Subject: cs
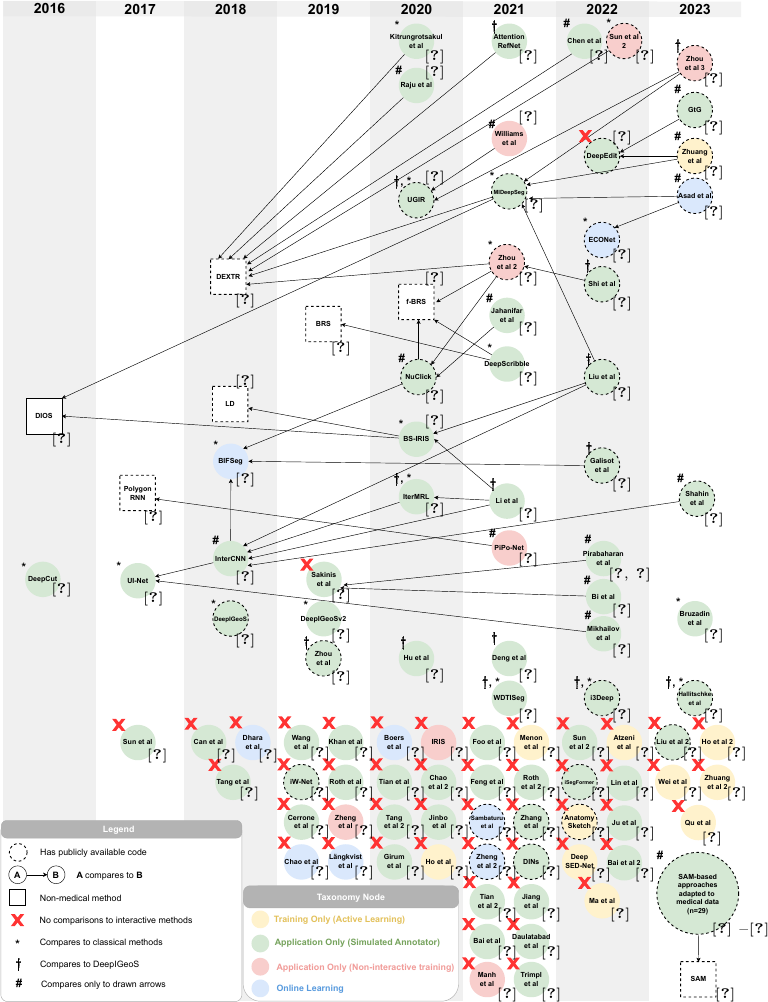
LaTeX code:
   \begin{tikzpicture}
    \node[anchor=south west, inner sep=0] (image) at (0,0){\includegraphics[width=0.8\textwidth]{12076_figures_comparison_graph_swapped_.pdf}};
\begin{scope}[x={(image.south east)},y={(image.north west)}]

      \node at (0.11,0.56) {\tiny\cite{xu2016deep}};

      \node at (0.11,0.41) {\tiny\cite{rajchl2016deepcut}};
      \node at (0.23,0.482) {\tiny\cite{castrejon2017annotating}};

      \node at (0.23,0.402) {\tiny\cite{amrehn2017ui}};

      \node at (0.235,0.245) {\tiny\cite{sun2017point}};
      \node at (0.35,0.6975) {\tiny\cite{maninis2018deep}};

      \node at (0.35,0.6175) {\tiny\cite{li2018interactive}};

      \node at (0.35,0.52) {\tiny\cite{wang2018interactive}};

      \node at (0.35,0.4225) {\tiny\cite{bredell2018iterative}};

      \node at (0.35,0.36) {\tiny\cite{wang2018deepigeos}};

      \node at (0.325,0.245) {\tiny\cite{can2018learning}};

      \node at (0.38,0.245) {\tiny\cite{dhara2019segmentation}};

      \node at (0.355,0.2075) {\tiny\cite{tang2018semi}};

      \node at (0.475,0.65) {\tiny\cite{jang2019interactive}};

      \node at (0.475,0.405) {\tiny\cite{sakinis2019interactive}};

      \node at (0.475,0.365) {\tiny\cite{lei2019deepigeos}};

      \node at (0.475,0.3225) {\tiny\cite{zhou2019interactive}};

      \node at (0.4475,0.2475) {\tiny\cite{wang2019interactive}};

      \node at (0.505,0.2475) {\tiny\cite{khan2019extreme}};

      \node at (0.4475,0.2075){\tiny\cite{aresta2019iw}};

      \node at (0.505,0.2075) {\tiny\cite{roth2019weakly}};

      \node at (0.4475,0.1695){\tiny\cite{cerrone2019end}};

      \node at (0.505,0.1695) {\tiny\cite{zheng2019deep}};

      \node at (0.4475,0.1295){\tiny\cite{chao2019radiotherapy}};

      \node at (0.505,0.1295) {\tiny\cite{langkvist2019interactive}};

      \node at (0.5975,0.94) {\tiny\cite{kitrungrotsakul2020interactive}};

      \node at (0.5975,0.925) {\tiny\cite{raju2020user}};

      \node at (0.5975,0.82) {\tiny\cite{wang2020uncertainty}};

      \node at (0.5975,0.72) {\tiny\cite{sofiiuk2020f}};

      \node at (0.5975,0.6025) {\tiny\cite{koohbanani2020nuclick}};

      \node at (0.5975,0.5775) {\tiny\cite{ma2020boundary}};

      \node at (0.5975,0.49) {\tiny\cite{liao2020iteratively}};

      \node at (0.5975,0.325) {\tiny\cite{hu2020error}};

      \node at (0.5725,0.2475) {\tiny\cite{boers2020interactive}};

      \node at (0.63,0.2475) {\tiny\cite{pepe2020iris}};

      \node at (0.5725,0.2075){\tiny\cite{tian2020graph}};

      \node at (0.63,0.2075) {\tiny\cite{chao2020interactive}};

      \node at (0.5725,0.1695){\tiny\cite{tang2020one}};

      \node at (0.63,0.1695) {\tiny\cite{jinbo2020development}};

      \node at (0.5725,0.1295){\tiny\cite{girum2020fast}};

      \node at (0.63,0.1295) {\tiny\cite{ho2020deep}};

      \node at (0.72,0.94) {\tiny\cite{kitrungrotsakul2021attention}};

      \node at (0.72,0.88) {\tiny\cite{williams2021interactive}};

      \node at (0.7275,0.7925) {\tiny\cite{luo2021mideepseg}};

      \node at (0.72,0.72) {\tiny\cite{zhou2021quality}};

      \node at (0.72,0.67) {\tiny\cite{jahanifar2021robust}};

      \node at (0.72,0.62) {\tiny\cite{cho2021deepscribble}};

      \node at (0.72,0.485) {\tiny\cite{li2021interactive}};

      \node at (0.72,0.44) {\tiny\cite{fang2021pipo}};

      \node at (0.72,0.325) {\tiny\cite{hu2020error}};

      \node at (0.72,0.285) {\tiny\cite{li2021wdtiseg}};

      \node at (0.6925,0.2475) {\tiny\cite{foo2021interactive}};

      \node at (0.75,0.2475) {\tiny\cite{menon2021interactive}};

      \node at (0.6925,0.2075) {\tiny\cite{feng2021interactive}};

      \node at (0.75,0.2075) {\tiny\cite{roth2021going}};

      \node at (0.6925,0.1675) {\tiny\cite{sambaturu2021efficient}};

      \node at (0.75,0.1675) {\tiny\cite{zhang2021interactive}};

      \node at (0.6925,0.1295) {\tiny\cite{zheng2021continual}};

      \node at (0.75,0.1295) {\tiny\cite{zhang2021dins}};

      \node at (0.6925,0.0875) {\tiny\cite{tian2021interactive}};

      \node at (0.75,0.0875) {\tiny\cite{jiang2021residual}};

      \node at (0.6925,0.0495) {\tiny\cite{bai2021progressive}};

      \node at (0.75,0.0495) {\tiny\cite{daulatabad2021integrating}};

      \node at (0.6925,0.0075) {\tiny\cite{manh2021interactive}};

      \node at (0.75,0.0075) {\tiny\cite{trimpl2021interactive}};

      \node at (0.8125,0.94) {\tiny\cite{chen2022balancing}};

      \node at (0.8725,0.94) {\tiny\cite{sun2022efficient}};

      \node at (0.8425,0.86) {\tiny\cite{diaz2022deepedit}};

      \node at (0.8425,0.7425) {\tiny\cite{asad2022econet}};

      \node at (0.8425,0.695) {\tiny\cite{shi2022hybrid}};

      \node at (0.8425,0.605) {\tiny\cite{liu2022transforming}};

      \node at (0.8425,0.515) {\tiny\cite{galisot2022visual}};

      \node at (0.8525,0.425) {\tiny\cite{pirabaharan2022interactive, pirabaharan2022improving}};

      \node at (0.8425,0.39) {\tiny\cite{bi2022hyper}};

      \node at (0.8425,0.35) {\tiny\cite{mikhailov2022deep}};

      \node at (0.8425,0.285) {\tiny\cite{gotkowski2022i3deep}};

      \node at (0.815,0.2475) {\tiny\cite{sun2022efficient}};

      \node at (0.8725,0.2475) {\tiny\cite{atzeni2022deep}};

      \node at (0.815,0.2075) {\tiny\cite{liu2022isegformer}};

      \node at (0.8725,0.2075) {\tiny\cite{lin2022multi}};

      \node at (0.815,0.1675) {\tiny\cite{zhuang2022anatomysketch}};

      \node at (0.8725,0.1675) {\tiny\cite{ju2022all}};

      \node at (0.815,0.1275) {\tiny\cite{liang2022deep}};

      \node at (0.8725,0.1275) {\tiny\cite{bai2022proof}};

      \node at (0.84,0.0875) {\tiny\cite{ma2022rapid}};

      \node at (0.9625,0.9175) {\tiny\cite{zhou2023volumetric}};

      \node at (0.9625,0.87) {\tiny\cite{marinov2023guiding}};

      \node at (0.9625,0.825) {\tiny\cite{zhuang2023efficient}};

      \node at (0.9625,0.785) {\tiny\cite{asad2023adaptive}};

      \node at (0.9625,0.48) {\tiny\cite{shahin2023sparse}};

      \node at (0.9625,0.365) {\tiny\cite{bruzadin2023learning}};

      \node at (0.9625,0.285) {\tiny\cite{hallitschke2023multimodal}};

      \node at (0.935,0.2475) {\tiny\cite{liu2023exploring}};

      \node at (0.9925,0.2475) {\tiny\cite{ho2023deep}};

      \node at (0.935,0.2075) {\tiny\cite{wei2023towards}};

      \node at (0.9925,0.2075) {\tiny\cite{zhuang2023annotation}};

      \node at (0.96,0.1625) {\tiny\cite{qu2023abdomenatlas}};

      \node at (0.9975,0.0725) {\tiny\cite{mazurowski2023segment} --\cite{roy2023sam}};

      \node at (0.9775,0.0075) {\tiny\cite{kirillov2023segment}};

    \end{scope}
    \end{tikzpicture}